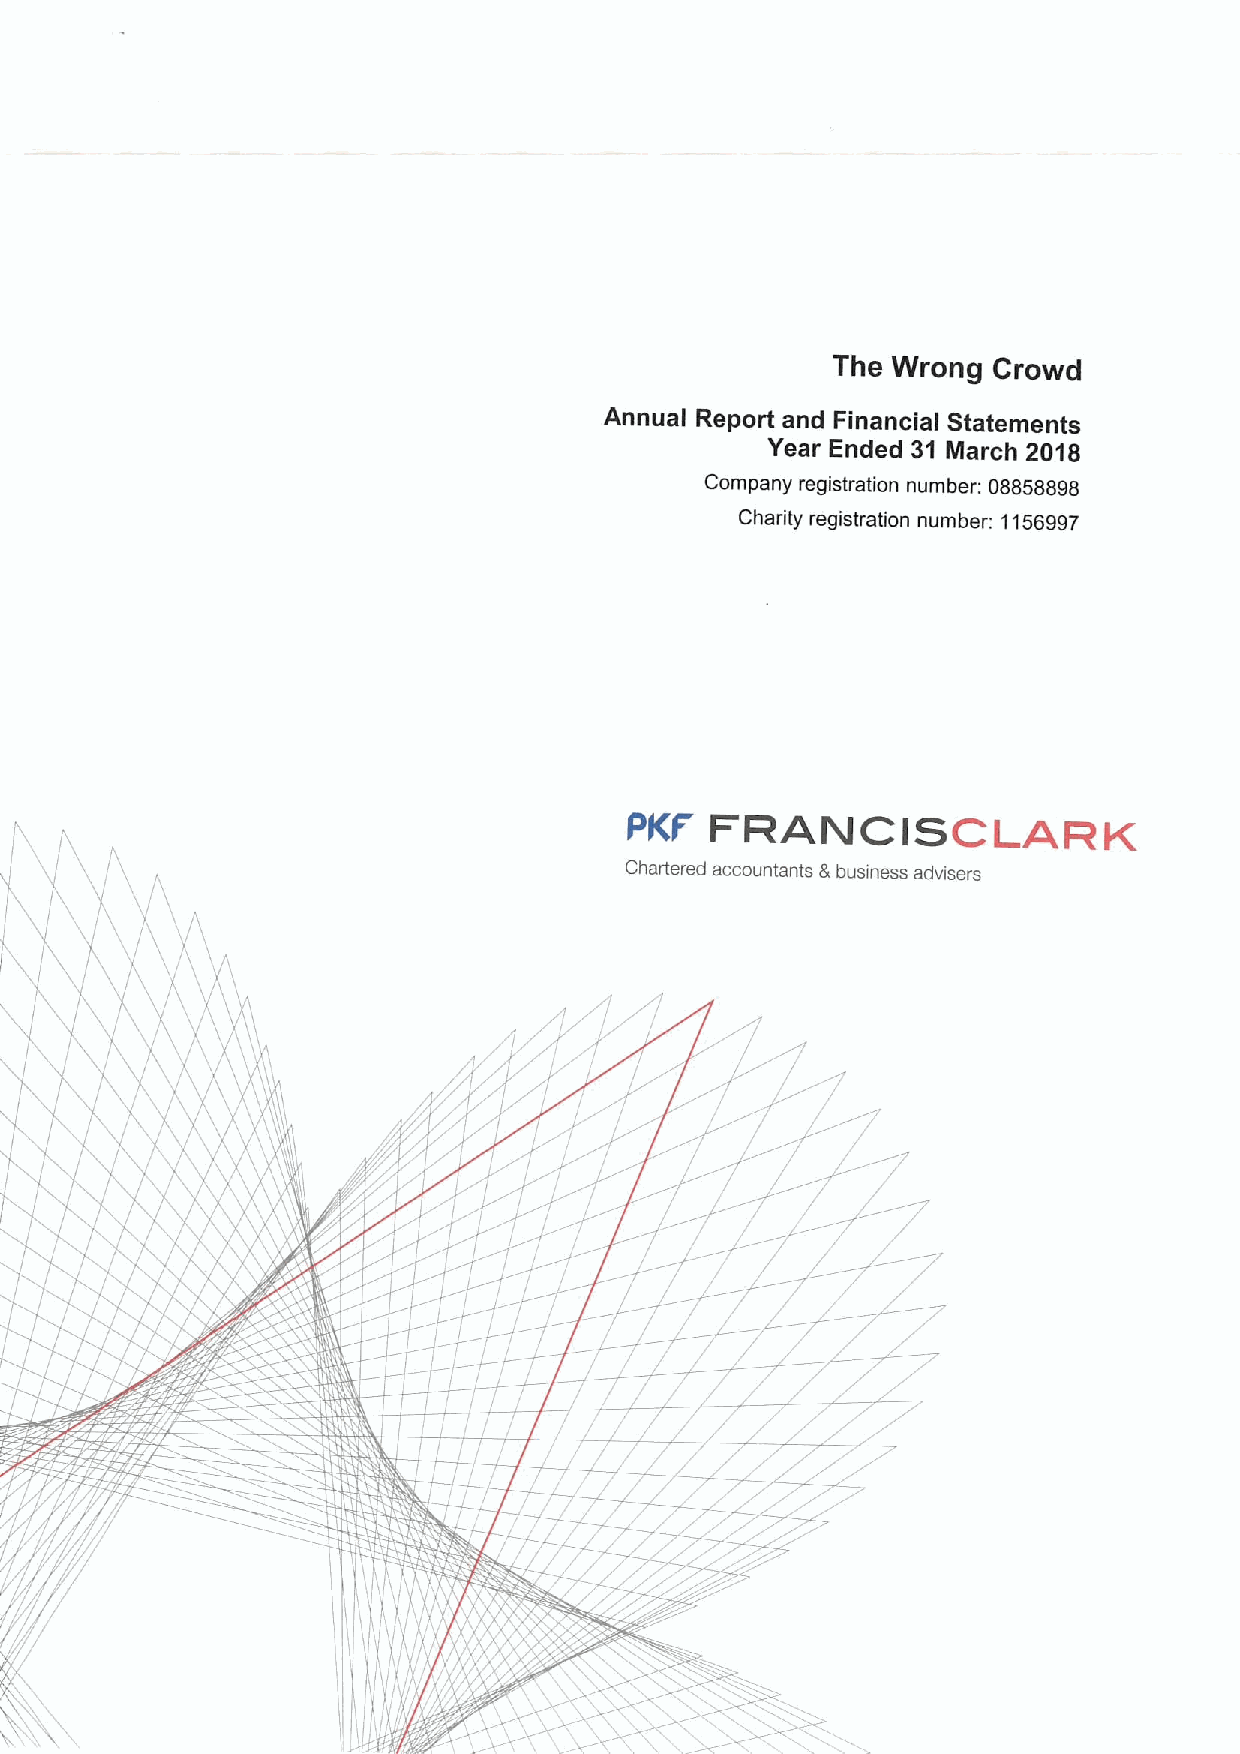
The Wrong  Crowd
 Annual Report and Financial Statements
 Year Ended 31 March 2018
 Company registration number; 08858898
 Charity registration number: 1156997
 FRANCISCLARK
 PKF
 Chartered accountants &business advisers